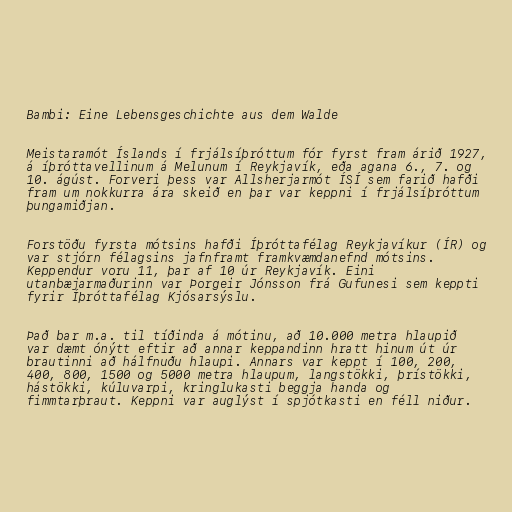
Bambi: Eine Lebensgeschichte aus dem Walde

Meistaramót Íslands í frjálsíþróttum fór fyrst fram árið 1927,
á íþróttavellinum á Melunum í Reykjavík, eða agana 6., 7. og
10. ágúst. Forveri þess var Allsherjarmót ÍSÍ sem farið hafði
fram um nokkurra ára skeið en þar var keppni í frjálsíþróttum
þungamiðjan.

Forstöðu fyrsta mótsins hafði Íþróttafélag Reykjavíkur (ÍR) og
var stjórn félagsins jafnframt framkvæmdanefnd mótsins.
Keppendur voru 11, þar af 10 úr Reykjavík. Eini
utanbæjarmaðurinn var Þorgeir Jónsson frá Gufunesi sem keppti
fyrir Íþróttafélag Kjósarsýslu.

Það bar m.a. til tíðinda á mótinu, að 10.000 metra hlaupið
var dæmt ónýtt eftir að annar keppandinn hratt hinum út úr
brautinni að hálfnuðu hlaupi. Annars var keppt í 100, 200,
400, 800, 1500 og 5000 metra hlaupum, langstökki, þrístökki,
hástökki, kúluvarpi, kringlukasti beggja handa og
fimmtarþraut. Keppni var auglýst í spjótkasti en féll niður.